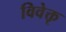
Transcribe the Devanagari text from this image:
विवेक्तृ